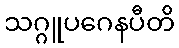
သဂ္ဂူပဂေနပီတိ